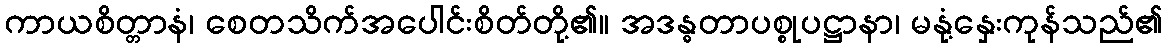
ကာယစိတ္တာနံ၊ စေတသိက်အပေါင်းစိတ်တို့၏။ အဒန္ဓတာပစ္စုပဋ္ဌာနာ၊ မနုံ့နှေးကုန်သည်၏